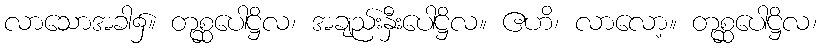
လာသောအခါ၌။ တုစ္ဆပေါဋ္ဌိလ၊ အချည်းနှီးပေါဋ္ဌိလ။ ဧဟိ၊ လာလော့။ တုစ္ဆပေါဋ္ဌိလ၊